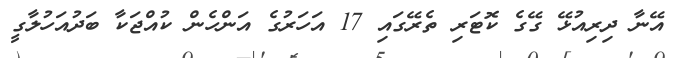
އޭނާ ދިރިއުޅޭ ގޭގެ ކޮޓަރި ތެރޭގައި 17 އަހަރުގެ އަންހެން ކުއްޖަކާ ބަދުއަހުލާގީ